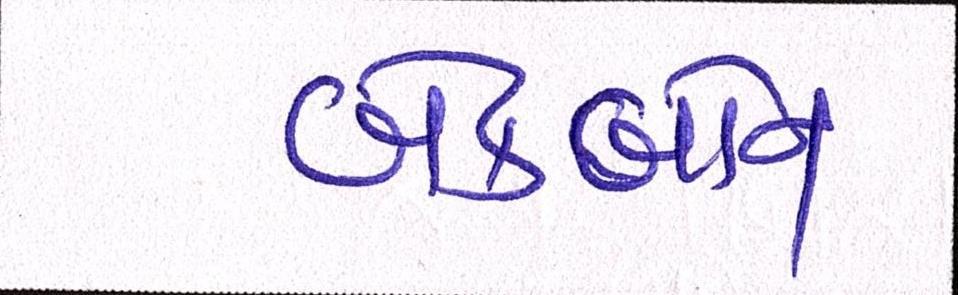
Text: બેકબોન